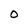
Character: 0